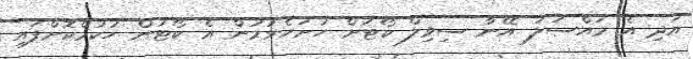
އަދި އެ މައްސަލަ އޭނާ ސިވިލް ކޯޓަށް ހުށަހެޅުމުން އެ ކޯޓުން ހުކުމްކޮށްފައި